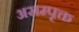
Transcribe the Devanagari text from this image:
असम्पृक्त